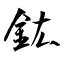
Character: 鈜